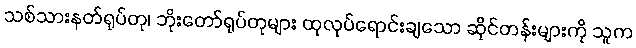
သစ်သားနတ်ရုပ်တု၊ ဘိုးတော်ရုပ်တုများ ထုလုပ်ရောင်းချသော ဆိုင်တန်းများကို သူက